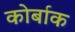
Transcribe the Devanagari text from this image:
कोर्बाक